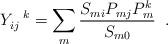
LaTeX: \begin{align*}Y_{ij}^{\;\;\;k} = \sum_{m} \frac{S_{mi} P_{mj} P_{m}^k}{S_{m0}} \;\; .\end{align*}